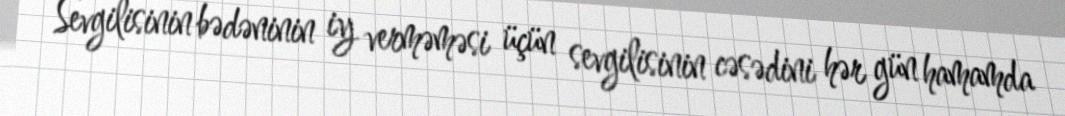
Sevgilisinin bədəninin iy verməməsi üçün sevgilisinin cəsədini hər gün hamamda